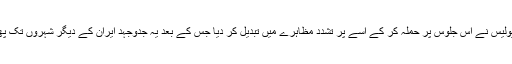
شاہ کی پولیس نے اس جلوس پر حملہ کر کے اسے پر تشدد مظاہرے میں تبدیل کر دیا جس کے بعد یہ جدوجہد ایران کے دیگر شہروں تک پھیل گئی ۔